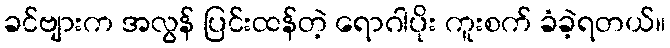
ခင်ဗျားက အလွန် ပြင်းထန်တဲ့ ရောဂါပိုး ကူးစက် ခံခဲ့ရတယ်။